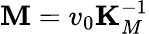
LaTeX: {\mathbf M}=v_{0}{\mathbf K}_{M}^{-1}